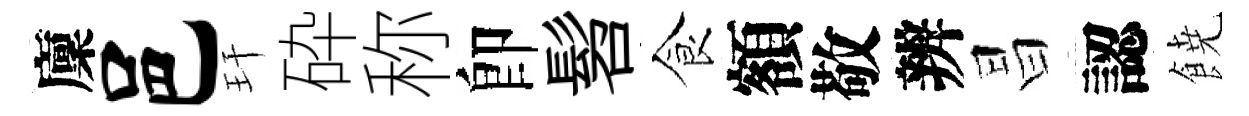
廩邑玕砕称卽髫食額敬辨昌認𩜙